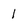
Character: 1